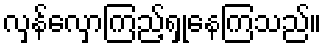
လှန်လှောကြည့်ရှုနေကြသည်။